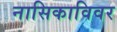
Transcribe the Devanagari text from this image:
नासिकाविवर